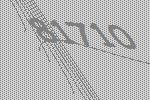
81710